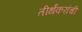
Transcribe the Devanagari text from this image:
तीर्थंकरांची